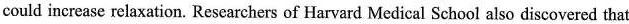
could increase relaxation. Rescarchers of Harvard Medical School also discovered that